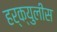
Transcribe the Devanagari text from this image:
हर्क्युलीस